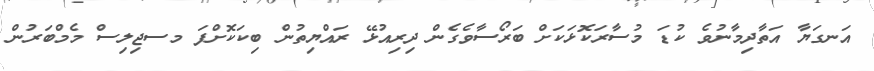
އަނގަޔާ އަތާދިމާނުވެ ކުޑަ މުސާރަކޮޅަކަށް ބަރޯސާވެގެން ދިރިއުޅޭ ރައްޔިތުން ބިކަކޮށްފަ މސޖިލިސް މެމްބަރުން